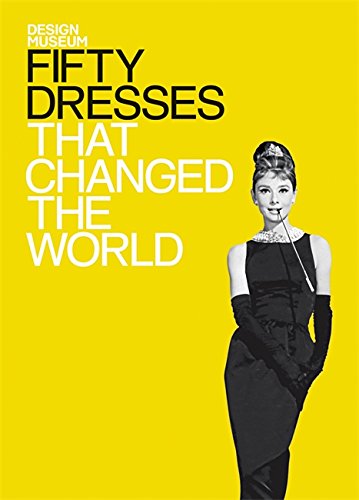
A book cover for Fifty Dresses That Changed the World (Design Museum Fifty); Design Museum; Crafts, Hobbies & Home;